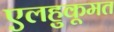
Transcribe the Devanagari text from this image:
एलहुकूमत